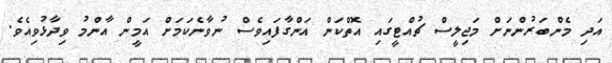
އަދި މެންބަރުންނަށް މަޖިލީސް ޗުއްޓީގައި އޮތްކަން އަންގާފައިވެސް ނުވާނެކަމަށް އަމީން އާންމު ވިދާޅުވިއެވެ.